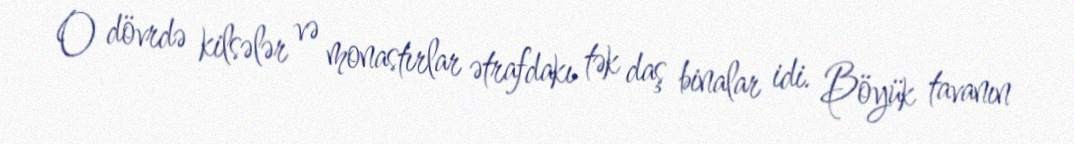
O dövrdə kilsələr və monastırlar ətrafdakı tək daş binalar idi. Böyük tavanın